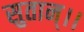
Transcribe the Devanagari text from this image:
सुतान्।।